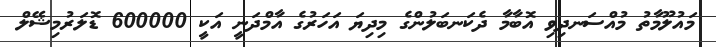
މައުލޫމާތު މުއްސަނދިވި އޮބާމާ ދެކަނބަލުންގެ މިދިޔަ އަހަރުގެ އާމްދަނީ އަކީ 600000 ޑޮލަރުމިޝޭލް